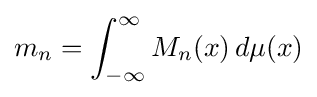
m_{n}=\int _{-\infty }^{\infty }M_{n}(x)\,d\mu (x)